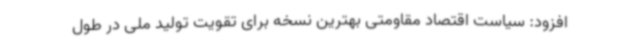
افزود: سیاست اقتصاد مقاومتی بهترین نسخه برای تقویت تولید ملی در طول